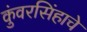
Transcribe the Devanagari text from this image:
कुंवरसिंहाचे